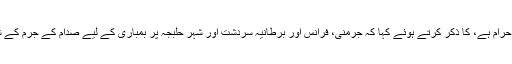
انہوں نے قائد انقلاب کے فتوے، کہ کیمیائی ہتھیاروں کی تیاری اور استعمال حرام ہے، کا ذکر کرتے ہوئے کہا کہ جرمنی، فرانس اور برطانیہ سردشت اور شہر حلبجہ پر بمباری کے لیے صدام کے جرم کے شریک ہیں اور بین الاقوامی نظام کو آج اس مسئلے پر قانونی کارروائی کرے۔